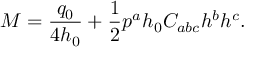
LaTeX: M = { \frac { q _ { 0 } } { 4 h _ { 0 } } } + { \frac { 1 } { 2 } } p ^ { a } h _ { 0 } C _ { a b c } h ^ { b } h ^ { c } .